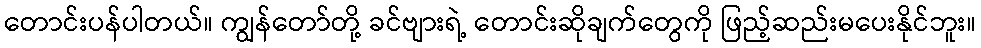
တောင်းပန်ပါတယ်။ ကျွန်တော်တို့ ခင်ဗျားရဲ့ တောင်းဆိုချက်တွေကို ဖြည့်ဆည်းမပေးနိုင်ဘူး။